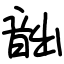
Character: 韷